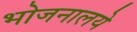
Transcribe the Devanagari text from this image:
भोजनालये